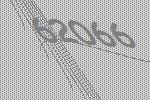
62066